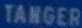
TANGER